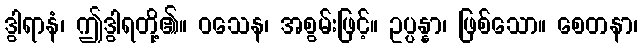
ဒွါရာနံ၊ ဤဒွါရတို့၏။ ဝသေန၊ အစွမ်းဖြင့်။ ဥပ္ပန္နာ၊ ဖြစ်သော။ စေတနာ၊